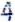
4